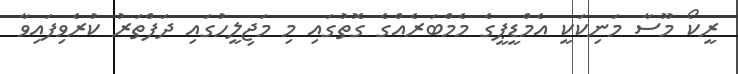
ރީކޯ މޫސާ މަނިކަކީ އެމްޑީޕީގެ މެމްބަރެއްގެ ގޮތުގައި މި މަޖިލީހުގައި ދަފްތަރު ކުރެވިފައިވާ